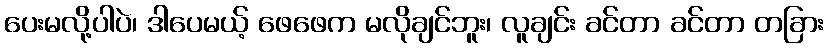
ပေးမလို့ပါပဲ၊ ဒါပေမယ့် ဖေဖေက မလိုချင်ဘူး၊ လူချင်း ခင်တာ ခင်တာ တခြား